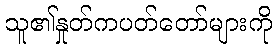
သူ၏နှုတ်ကပတ်တော်များကို